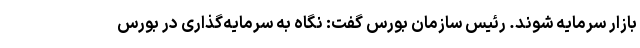
بازار سرمایه شوند. رئیس سازمان بورس گفت: نگاه به سرمایه‌گذاری در بورس